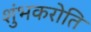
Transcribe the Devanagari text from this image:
शुंभकरोति